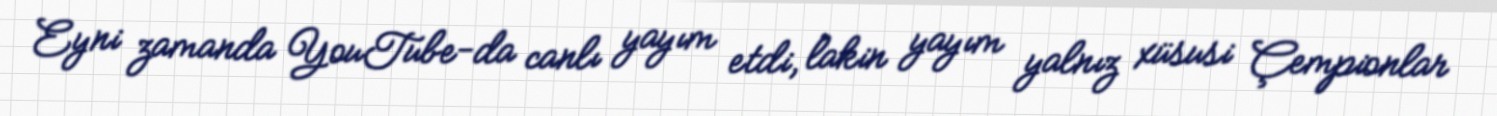
Eyni zamanda YouTube-da canlı yayım etdi, lakin yayım yalnız xüsusi Çempionlar